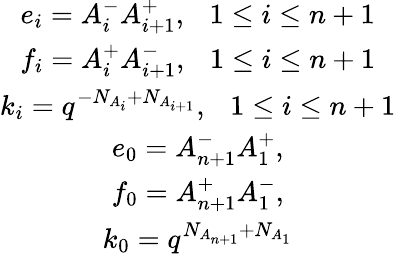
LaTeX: \begin{array}{c}{{e_{i}=A_{i}^{-}A_{i+1}^{+},~~~1\le i\le n+1}}\\ {{f_{i}=A_{i}^{+}A_{i+1}^{-},~~~1\le i\le n+1}}\\ {{k_{i}=q^{-N_{A_{i}}+N_{A_{i+1}}},~~~1\le i\le n+1}}\\ {{e_{0}=A_{n+1}^{-}A_{1}^{+},}}\\ {{f_{0}=A_{n+1}^{+}A_{1}^{-},}}\\ {{k_{0}=q^{N_{A_{n+1}}+N_{A_{1}}}}}\end{array}